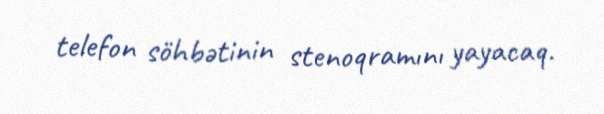
telefon söhbətinin stenoqramını yayacaq.